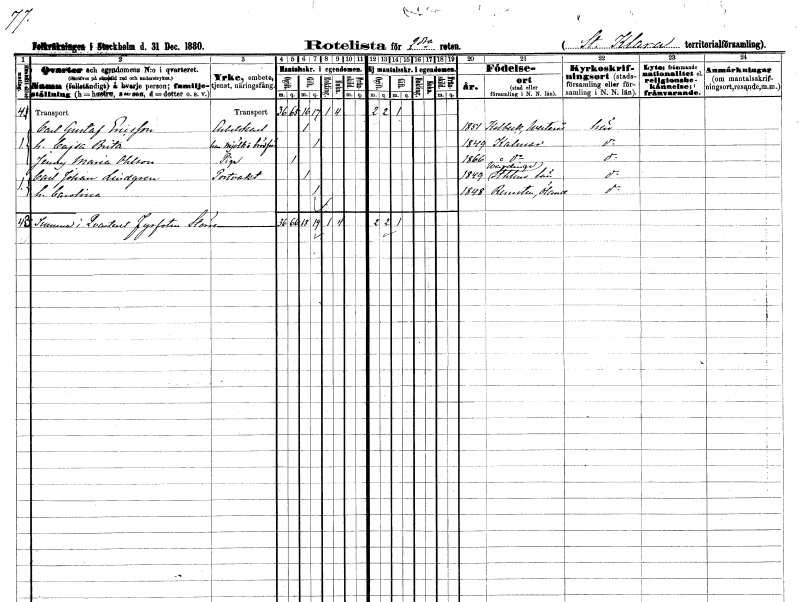
gt_parse: households: individuals: FN: Carl Gustaf
EN: Ericsson
YRKE: Arbetskarl
KON: M
CIV: G
FODAR: 1851
FODFORS: Kolbäck Västmanlands län
FN: Cajsa Brita
YRKE: Mjölkförsäljerska Brödförsäljerska
KON: K
CIV: G
FODAR: 1849
FODFORS: Kalmar Kalmar län
FN: Jenny Maria
EN: Ohlson
YRKE: Piga
KON: K
CIV: O
FODAR: 1866
FODFORS: Kalmar Kalmar län
FN: Carl Johan
EN: Lindgren
YRKE: Portvakt
KON: M
CIV: G
FODAR: 1849
FODFORS: Vårdinge Stockholms län
FN: Carolina
KON: K
CIV: G
FODAR: 1848
FODFORS: Runsten Kalmar län